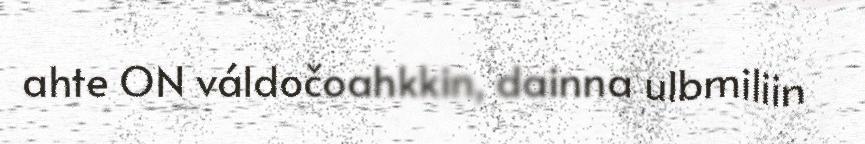
ahte ON váldočoahkkin, dainna ulbmiliin